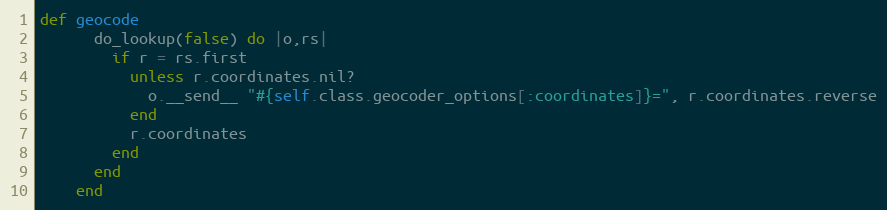
Language: Ruby
def geocode
      do_lookup(false) do |o,rs|
        if r = rs.first
          unless r.coordinates.nil?
            o.__send__ "#{self.class.geocoder_options[:coordinates]}=", r.coordinates.reverse
          end
          r.coordinates
        end
      end
    end